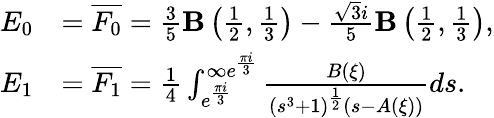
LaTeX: \begin{array}{rl}{E_{0}}&{=\overline{{F_{0}}}=\frac{3}{5}\mathbf{B}\left(\frac{1}{2},\frac{1}{3}\right)-\frac{\sqrt{3}i}{5}\mathbf{B}\left(\frac{1}{2},\frac{1}{3}\right),}\\ {E_{1}}&{=\overline{{F_{1}}}=\frac{1}{4}\int_{e^{\frac{\pi i}{3}}}^{\infty e^{\frac{\pi i}{3}}}\frac{B(\xi)}{\left(s^{3}+1\right)^{\frac{1}{2}}(s-A(\xi))}ds.}\end{array}